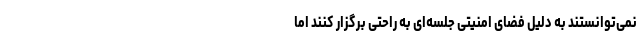
نمی‌توانستند به دلیل فضای امنیتی جلسه‌ای به راحتی برگزار کنند اما